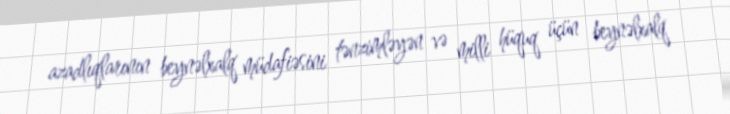
azadlıqlarının beynəlxalq müdafiəsini tənzimləyən və milli hüquq üçün beynəlxalq